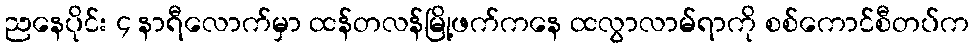
ညနေပိုင်း ၄ နာရီလောက်မှာ ထန်တလန်မြို့ဖက်ကနေ ထလွာလာမ်ရာကို စစ်ကောင်စီတပ်က